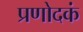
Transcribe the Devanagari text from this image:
प्रणोदकं